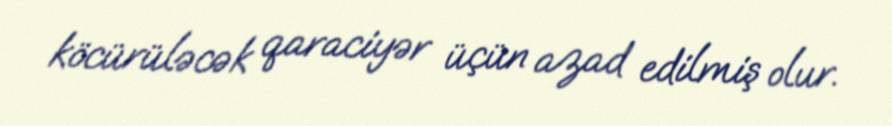
köcürüləcək qaraciyər üçün azad edilmiş olur.